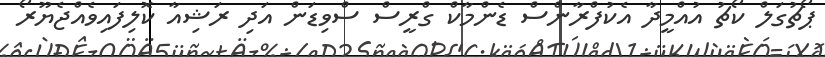
ޕޯޗުގަލް ކޯޗު އުއްމީދާ އެކުފްރާންސް ޑެންމާކް ގްރީސް ސްވިޑަން އަދި ރަޝިއާ ކޮލިފައިވެއްޖެޔޫރޯ